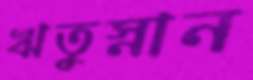
ঋতুস্নান